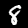
Digit: 8